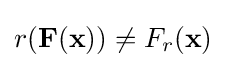
r(\mathbf {F} (\mathbf {x} ))\neq F_{r}(\mathbf {x} )